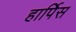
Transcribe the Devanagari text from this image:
हार्पिस